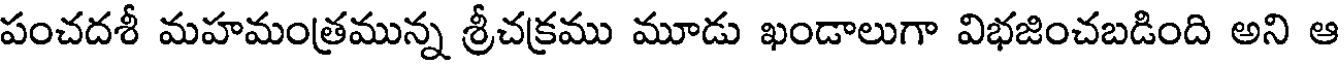
పంచదశీ మహమంత్రమున్న శ్రీచక్రము మూడు ఖండాలుగా విభజించబడింది అని ఆ